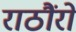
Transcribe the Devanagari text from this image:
राठौंरों